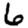
Digit: 6